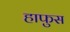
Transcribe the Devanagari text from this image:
हाफुस